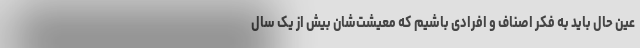
عین حال باید به فکر اصناف و افرادی باشیم که معیشت‌شان بیش از یک سال